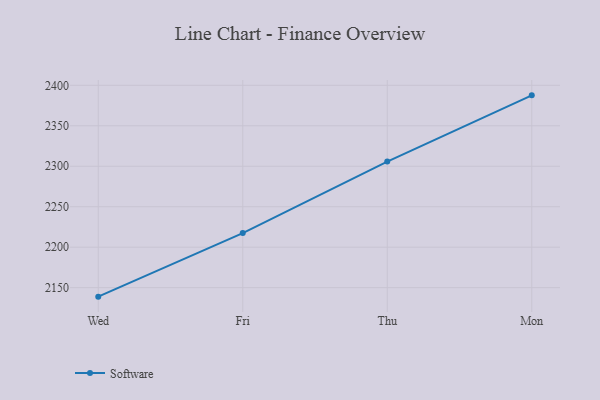
{"axis": {"x": "Day", "y": "Satisfaction Score"}, "legend": ["Software"], "data": [{"x": "Wed", "y": 2138.9, "type": "Software"}, {"x": "Fri", "y": 2217.4, "type": "Software"}, {"x": "Thu", "y": 2305.8, "type": "Software"}, {"x": "Mon", "y": 2387.6, "type": "Software"}]}